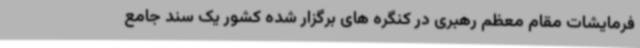
فرمایشات مقام معظم رهبری در کنگره های برگزار شده کشور یک سند جامع